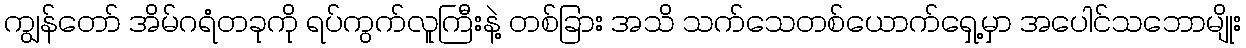
ကျွန်တော် အိမ်ဂရံတခုကို ရပ်ကွက်လူကြီးနဲ့ တစ်ခြား အသိ သက်သေတစ်ယောက်ရှေ့မှာ အပေါင်သဘောမျိုး